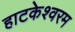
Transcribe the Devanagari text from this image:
हाटकेश्वरम